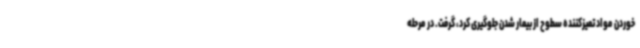
خوردن مواد تمیزکننده سطوح از بیمار شدن جلوگیری کرد، گرفت. در مرحله